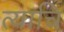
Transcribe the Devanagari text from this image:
त्याचि